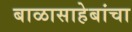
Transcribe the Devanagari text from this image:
बाळासाहेबांचा